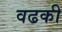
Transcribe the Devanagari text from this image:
वढकी